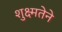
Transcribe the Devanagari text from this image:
शुक्ष्मतेने